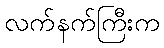
လက်နက်ကြီးက